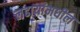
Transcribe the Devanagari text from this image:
लढायांमधील